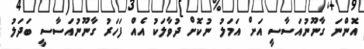
އޮންނަ ގާނޫނުއަސާސީ އަށް އަމަލު ނުކޮށް ދުވާލަކު އެއް ފަހަރު ގާނޫނުއަސާސީ ބަދަލު